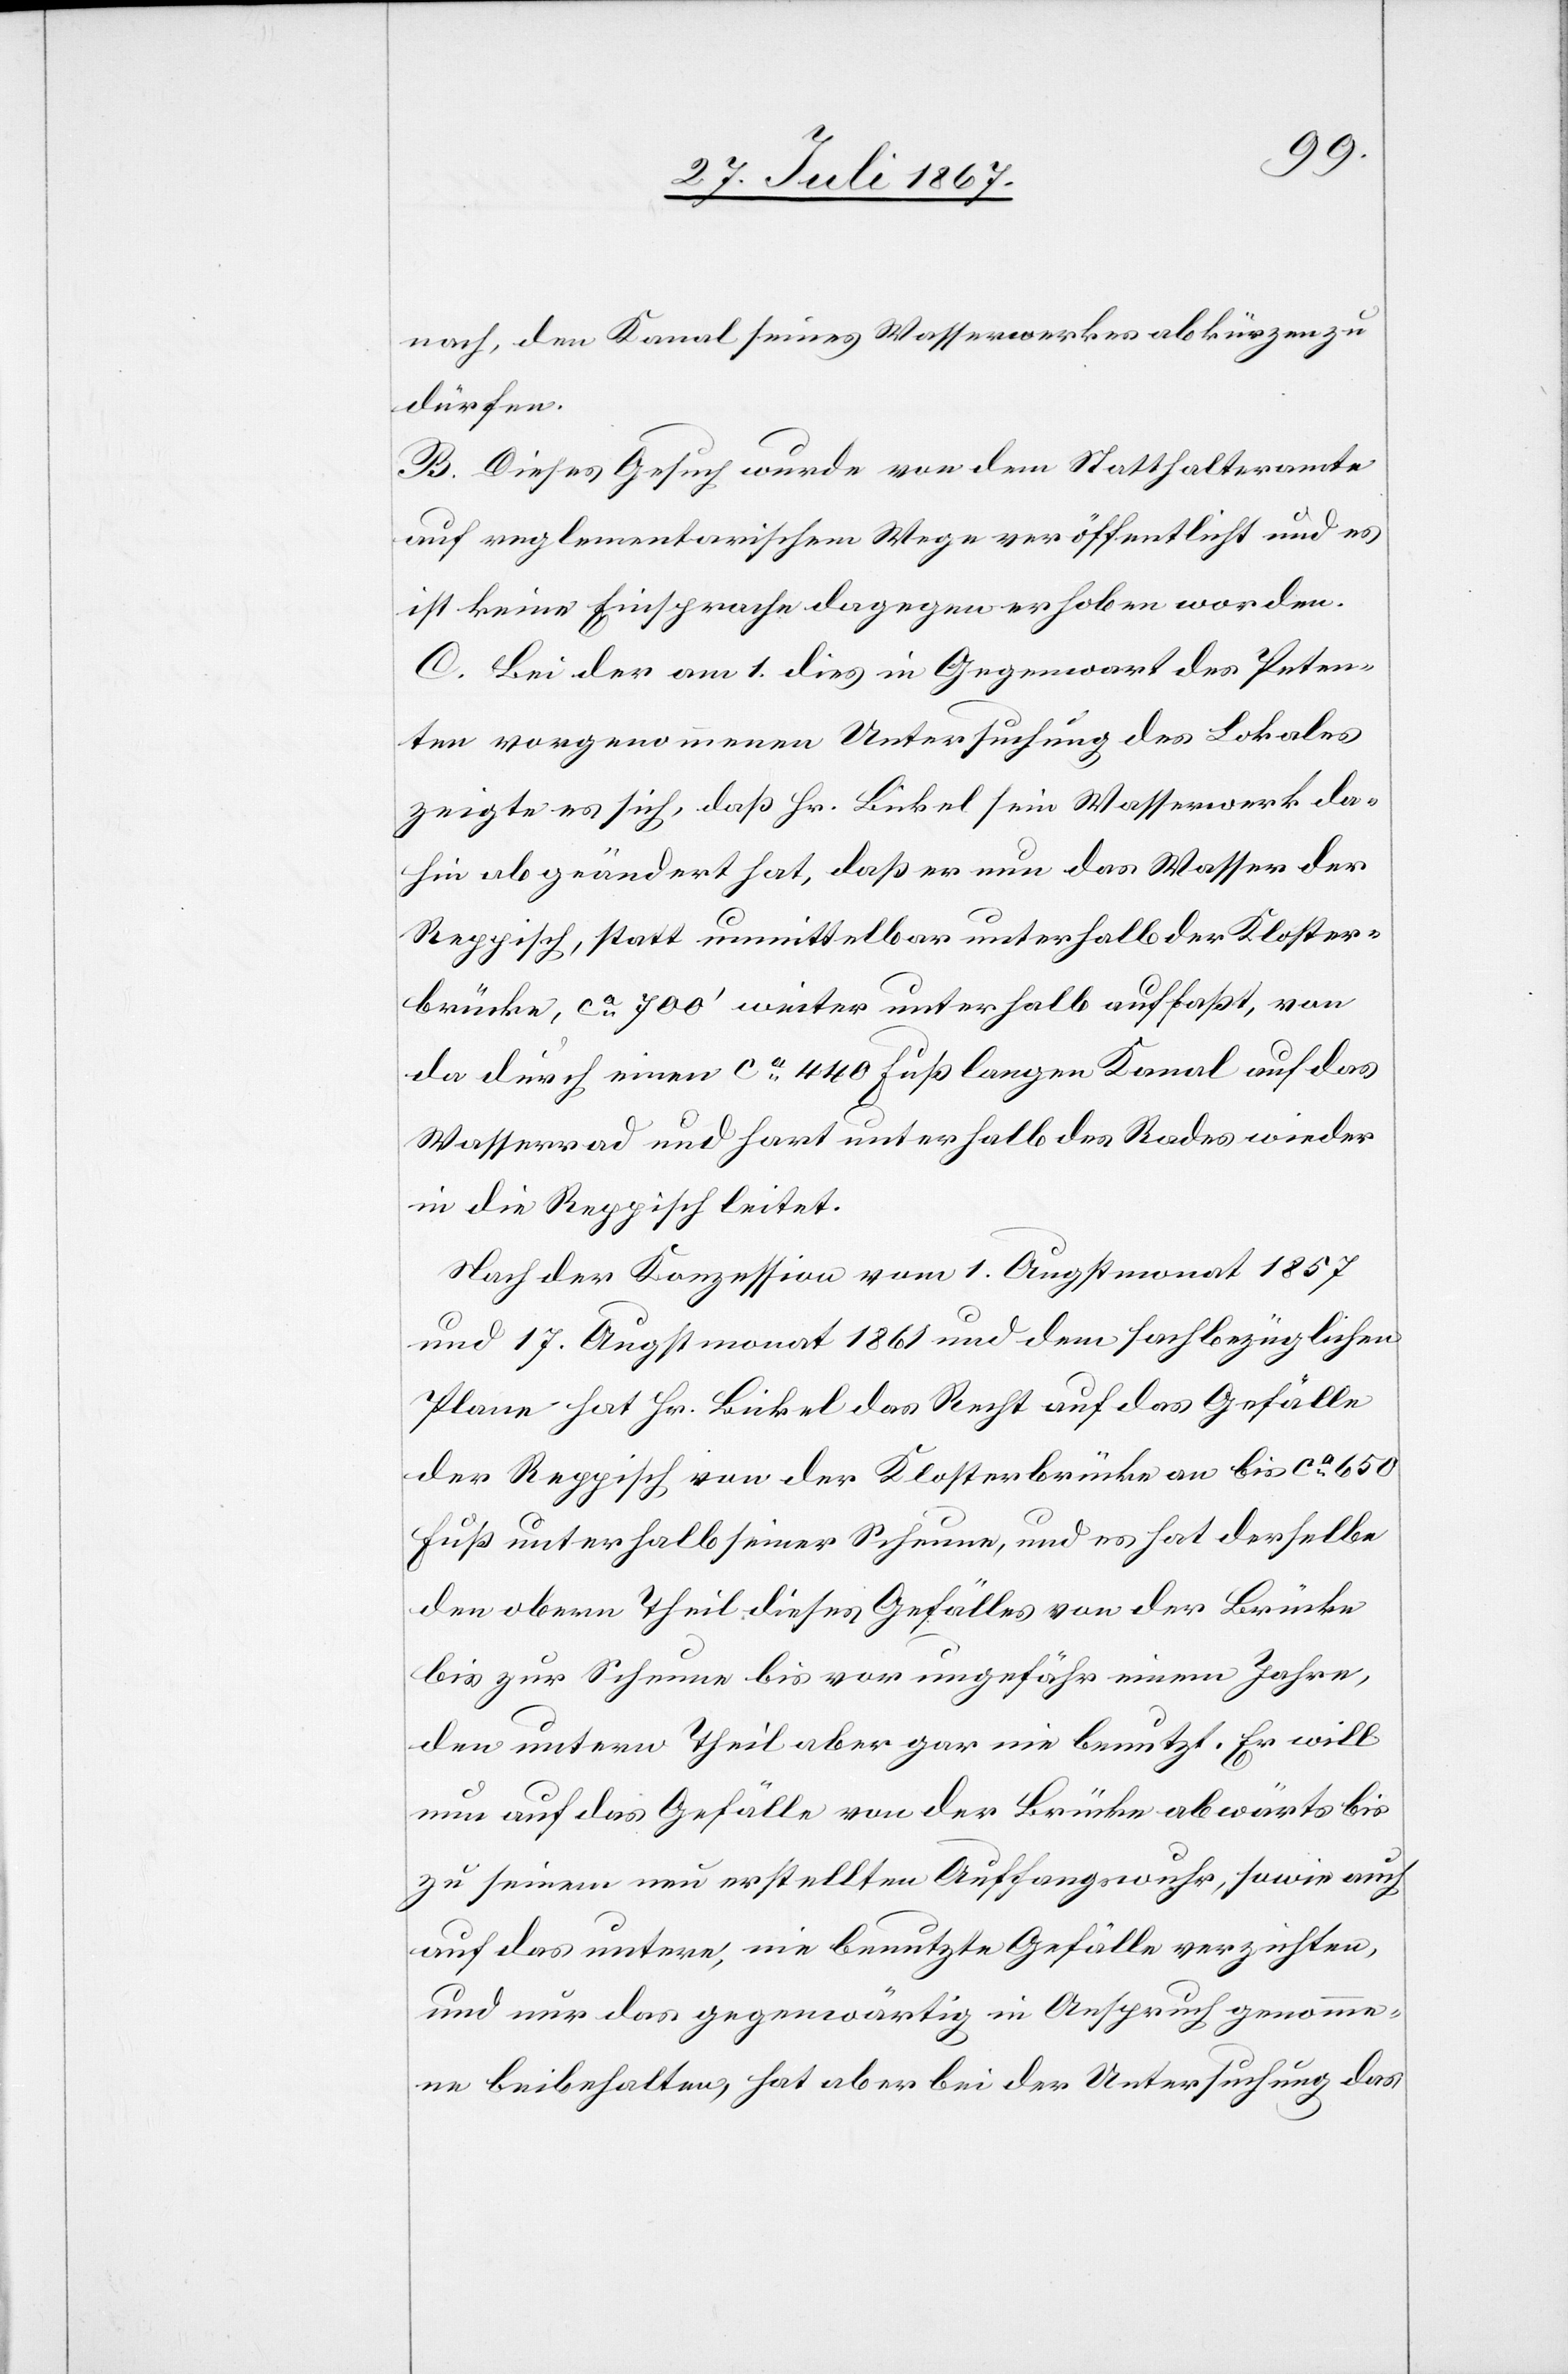
nach, den Kanal seines Wasserwerkes abkürzen zu
dürfen.
B. Dieses Gesuch wurde von dem Statthalteramte
auf reglementarischem Wege veröffentlicht und es
ist keine Einsprache dagegen erhoben worden.
C. Bei der am 1. dies in Gegenwart des Peten¬
ten vorgenommenen Untersuchung des Lokales
zeigte es sich, daß Hr. Bickel sein Wasserwerk da¬
hin abgeändert hat, daß er nun das Wasser der
Reppisch, statt unmittelbar unterhalb der Kloster¬
brücke, ca. 700‘ weiter unterhalb auffaßt, von
da durch einen ca. 440 Fuß langen Kanal auf das
Wasserrad und hart unterhalb des Rades wieder
in die Reppisch leitet.
Nach der Konzession vom 1. Augstmonat 1857
und 17. Augstmonat 1861 und dem sachbezüglichen
Plane hat Hr. Bickel das Recht auf das Gefälle
der Reppisch von der Klosterbrücke an bis ca. 650
Fuß unterhalb seiner Scheune, und es hat derselbe
den obern Theil dieses Gefälles von der Brücke
bis zur Scheune bis vor ungefähr einem Jahre,
den untern Theil aber gar nie benutzt. Er will
nun auf das Gefälle von der Brücke abwärts bis
zu seinem neu erstellten Auffangswuhr, sowie auch
auf das untere, nie benutzte Gefälle verzichten,
und nur das gegenwärtig in Anspruch genomme¬
ne beibehalten, hat aber bei der Untersuchung das